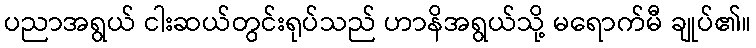
ပညာအရွယ် ငါးဆယ်တွင်းရုပ်သည် ဟာနိအရွယ်သို့ မရောက်မီ ချုပ်၏။